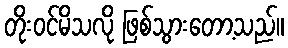
တိုးဝင်မိသလို ဖြစ်သွားတော့သည်။